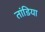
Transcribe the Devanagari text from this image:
तांडिया